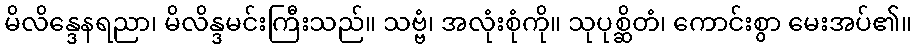
မိလိန္ဒေနရညာ၊ မိလိန္ဒမင်းကြီးသည်။ သဗ္ဗံ၊ အလုံးစုံကို။ သုပုစ္ဆိတံ၊ ကောင်းစွာ မေးအပ်၏။